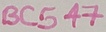
Text: BC547